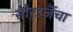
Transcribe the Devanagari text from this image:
सौरउर्जेचा